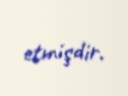
etmişdir.